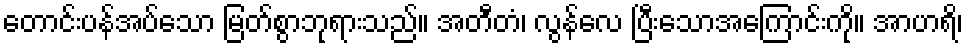
တောင်းပန်အပ်သော မြတ်စွာဘုရားသည်။ အတီတံ၊ လွန်လေ ပြီးသောအကြောင်းကို။ အာဟရိ၊